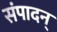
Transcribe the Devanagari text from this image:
संपादन्